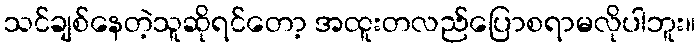
သင်ချစ်နေတဲ့သူဆိုရင်တော့ အထူးတလည်ပြောစရာမလိုပါဘူး။